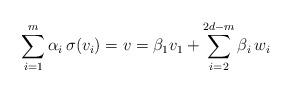
LaTeX: \begin{align*}\sum\limits_{i = 1}^m \alpha _i \, \sigma (v_i ) = v = \beta _1 v_1 +\sum\limits_{i = 2}^{2d - m} \beta _i \, w_i\end{align*}